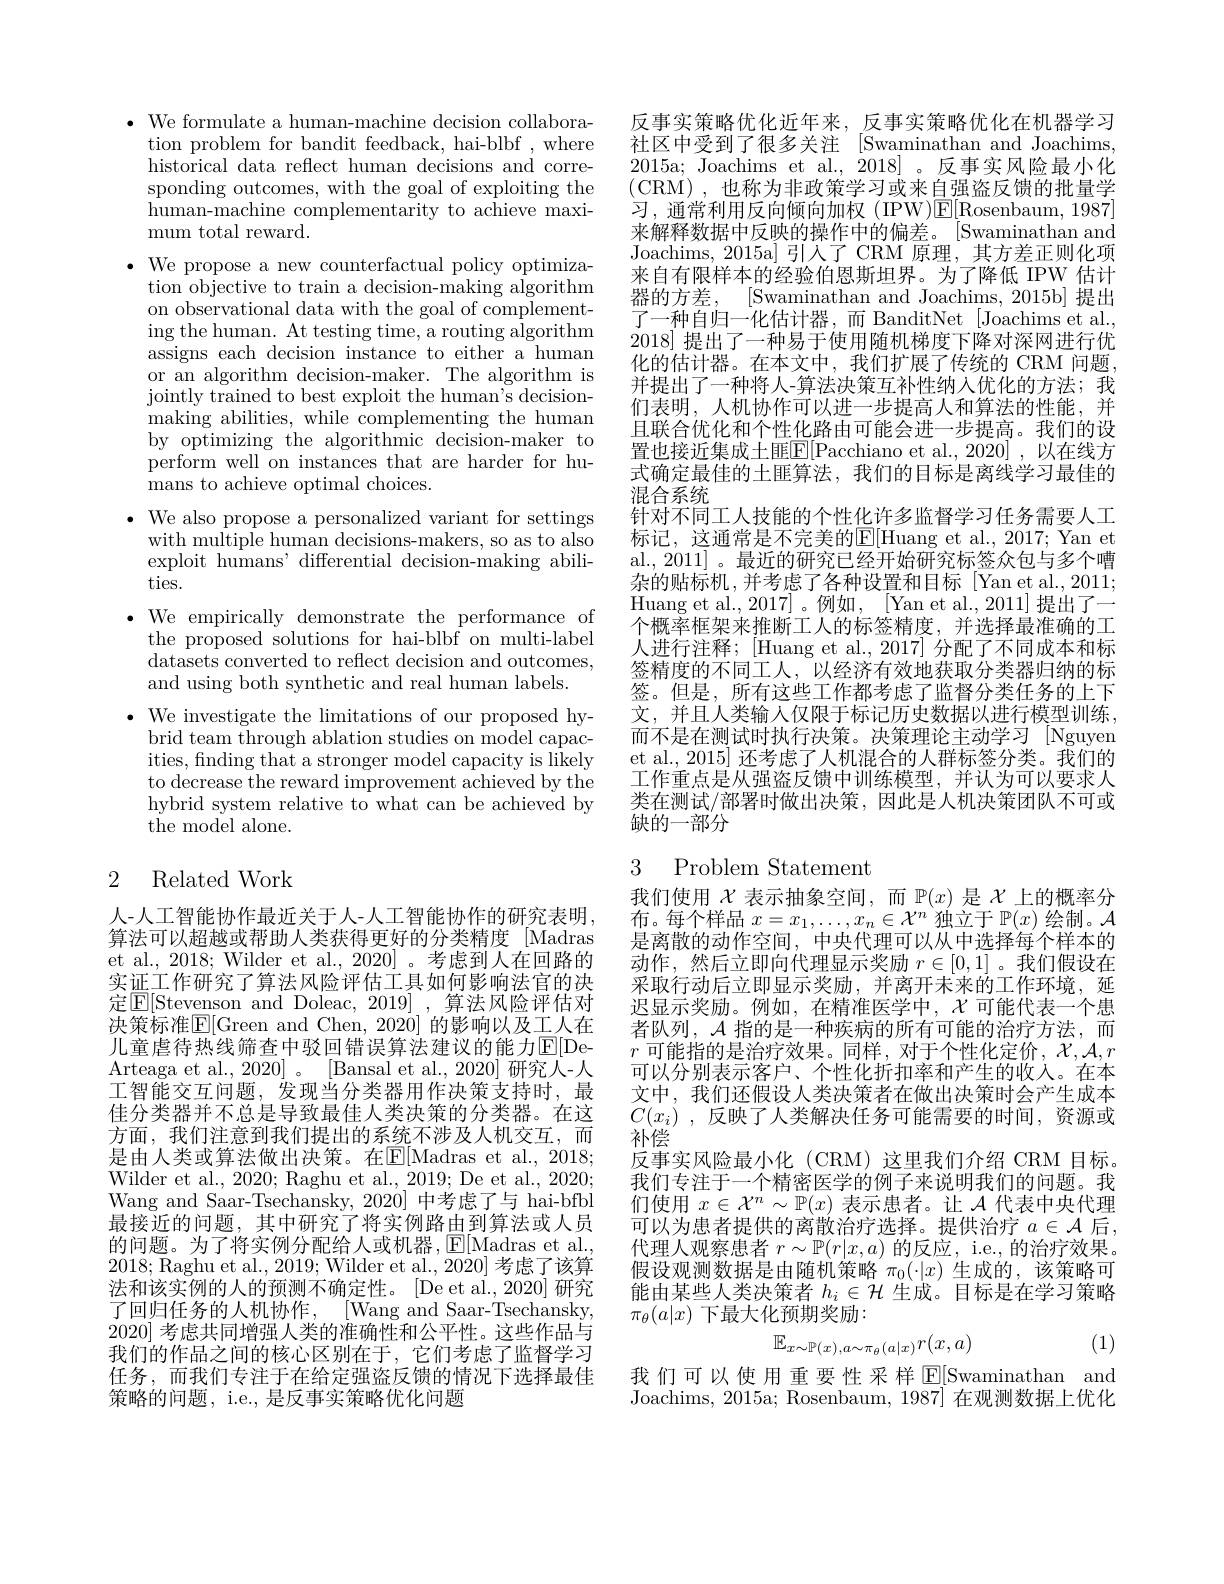
$\bullet$ We formulate a human-machine decision collabora-
tion problem for bandit feedback, hai-blbf , where historical data reflect human decisions and corresponding outcomes, with the goal of exploiting the human-machine complementarity to achieve maximum total reward.
$\bullet$ We propose a new counterfactual policy optimiza-
tion objective to train a decision-making algorithm on observational data with the goal of complementing the human. At testing time, a routing algorithm assigns each decision instance to either a human or an algorithm decision-maker. The algorithm is jointly trained to best exploit the human's decisionmaking abilities, while complementing the human by optimizing the algorithmic decision-maker to perform well on instances that are harder for humans to achieve optimal choices.
$\bullet$ We also propose a personalized variant for settings
with multiple human decisions-makers, so as to also exploit humans' differential decision-making abilities.
$\bullet$ We empirically demonstrate the performance of
the proposed solutions for hai-blbf on multi-label datasets converted to reflect decision and outcomes, and using both synthetic and real human labels.
$\bullet$ We investigate the limitations of our proposed hybrid team through ablation studies on model capacities, finding that a stronger model capacity is likely to decrease the reward improvement achieved by the hybrid system relative to what can be achieved by ${\mathrm{the~model~alone.}}$

# 2 Related Work

人-人工智能协作最近关于人-人工智能协作的研究表明算法可以超越或帮助人类获得更好的分类精度 [Madras et al., 2018; Wilder et al., 2020] 。考虑到人在回路的实证工作研究了算法风险评估工具如何影响法官的决定$\boxed{\mathrm{F}}[$Stevenson and Doleac, 2019]~,~算法风险评估对决策标准$\boxed{\mathrm{F}}[$Green and Chen, 2020] 的影响以及工人在儿童虐待热线筛查中驳回错误算法建议的能力$\operatorname{E}[$DeArteaga et al., 2020]。[Bansal et al., 2020] 研究人-人工智能交互问题，发现当分类器用作决策支持时，最佳分类器并不总是导致最佳人类决策的分类器。在这方面，我们注意到我们提出的系统不涉及人机交互，而是由人类或算法做出决策。在$\mathbb{E}[$Madras et al., 2018; Wilder et al., 2020; Raghu et al., 2019; De et al., 2020; Wang and Saar-Tsechansky, 2020] 中考虑了与 hai-bfbl 最接近的问题，其中研究了将实例路由到算法或人员的问题。为了将实例分配给人或机器，$\operatorname{E}[$Madras et al., 2018; Raghu et al., 2019; Wilder et al., 2020] 考虑了该算法和该实例的人的预测不确定性。[De et al.,2020] 研究了回归任务的人机协作，[Wang and Saar-Tsechansky, 2020] 考虑共同增强人类的准确性和公平性。这些作品与我们的作品之间的核心区别在于，它们考虑了监督学习任务，而我们专注于在给定强盗反馈的情况下选择最佳策略的问题，i.e., 是反事实策略优化问题

反事实策略优化近年来，反事实策略优化在机器学习社区中受到了很多关注 [Swaminathan and Joachims 2015a; Joachims et al., 2018]。反事实风险最小化(CRM),也称为非政策学习或来自强盗反馈的批量学习，通常利用反向倾向加权(IPW)$\underline{\mathrm{E}}[$Rosenbaum,1987] 来解释数据中反映的操作中的偏差。[Swaminathan and Joachims, 2015a] 引人了 CRM 原理，其方差正则化项来自有限样本的经验伯恩斯坦界。为了降低 IPW 估计器的方差，[Swaminathan and Joachims, 2015b] 提 出 了一种自归一化估计器，而 BanditNet [Joachims et al. 2018] 提出了一种易于使用随机梯度下降对深网进行优化的估计器。在本文中，我们扩展了传统的 CRM 问题， 并提出了一种将人-算法决策互补性纳人优化的方法；我们表明，人机协作可以进一步提高人和算法的性能，并且联合优化和个性化路由可能会进一步提高。我们的设置也接近集成土匪$\boxed{\mathrm{F}}[$Pacchiano et al.,2020] ,以在线方式确定最佳的土匪算法，我们的目标是离线学习最佳的混合系统
针对不同工人技能的个性化许多监督学习任务需要人工标记，这通常是不完美的$\overline{\mathrm{E}}[$Huang et al., 2017; Yan et al., 2011] 。最近的研究已经开始研究标签众包与多个嘈杂的贴标机，并考虑了各种设置和目标[Yan et al.,2011; Huang et al., 2017]。例如，[Yan et al., 2011] 提出了一个概率框架来推断工人的标签精度，并选择最准确的工人进行注释；[Huang et al.,2017]分配了不同成本和标签精度的不同工人，以经济有效地获取分类器归纳的标签。但是，所有这些工作都考虑了监督分类任务的上下文，并且人类输入仅限于标记历史数据以进行模型训练， 而不是在测试时执行决策。决策理论主动学习[Nguyen et al., 2015] 还考虑了人机混合的人群标签分类。我们的工作重点是从强盗反馈中训练模型，并认为可以要求人类在测试/部署时做出决策，因此是人机决策团队不可或缺的一部分

## 3 Problem Statement

我们使用$\chi$表示抽象空间，而$\mathbb{P}(x)$是$\chi$上的概率分布。每个样品$x=x_1,\ldots,x_n\in\mathcal{X}^n$独立于$\mathbb{P}(x)$绘制。$\mathcal{A}$ 是离散的动作空间，中央代理可以从中选择每个样本的动作，然后立即向代理显示奖励$r\in[0,1]$ 。我们假设在采取行动后立即显示奖励，并离开未来的工作环境，延迟显示奖励。例如，在精准医学中，$\chi$可能代表一个患者队列，$\mathcal{A}$指的是一种疾病的所有可能的治疗方法，而$r$可能指的是治疗效果。同样，对于个性化定价，$\mathcal{X},\mathcal{A},r$ 可以分别表示客户、个性化折扣率和产生的收入。在本文中，我们还假设人类决策者在做出决策时会产生成本$C( x_i)$ , 反映了人类解决任务可能需要的时间，资源或补偿
反事实风险最小化(CRM)这里我们介绍 CRM 目标。我们专注于一个精密医学的例子来说明我们的问题。我们使用$x\in\mathcal{X}^n\sim\mathbb{P}(x)$表示患者。让$\mathcal{A}$代表中央代理可以为患者提供的离散治疗选择。提供治疗$a\in\mathcal{A}$后， 代理人观察患者$r\sim\mathbb{P}(r|x,a)$的反应，i.e.,的治疗效果。假设观测数据是由随机策略$\pi_0(\cdot|x)$生成的，该策略可能由某些人类决策者$h_i\in\mathcal{H}$生成。目标是在学习策略$\pi_\theta(a|x)$下最大化预期奖励：
(1)
$$\mathbb{E}_{x\sim\mathbb{P}(x),a\sim\pi_{\theta}(a|x)}r(x,a)$$
我们可以使用重要性采样$\operatorname{E}[$Swaminathan and Joachims, 2015a; Rosenbaum, 1987] 在观测数据上优化